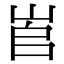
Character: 𡶫